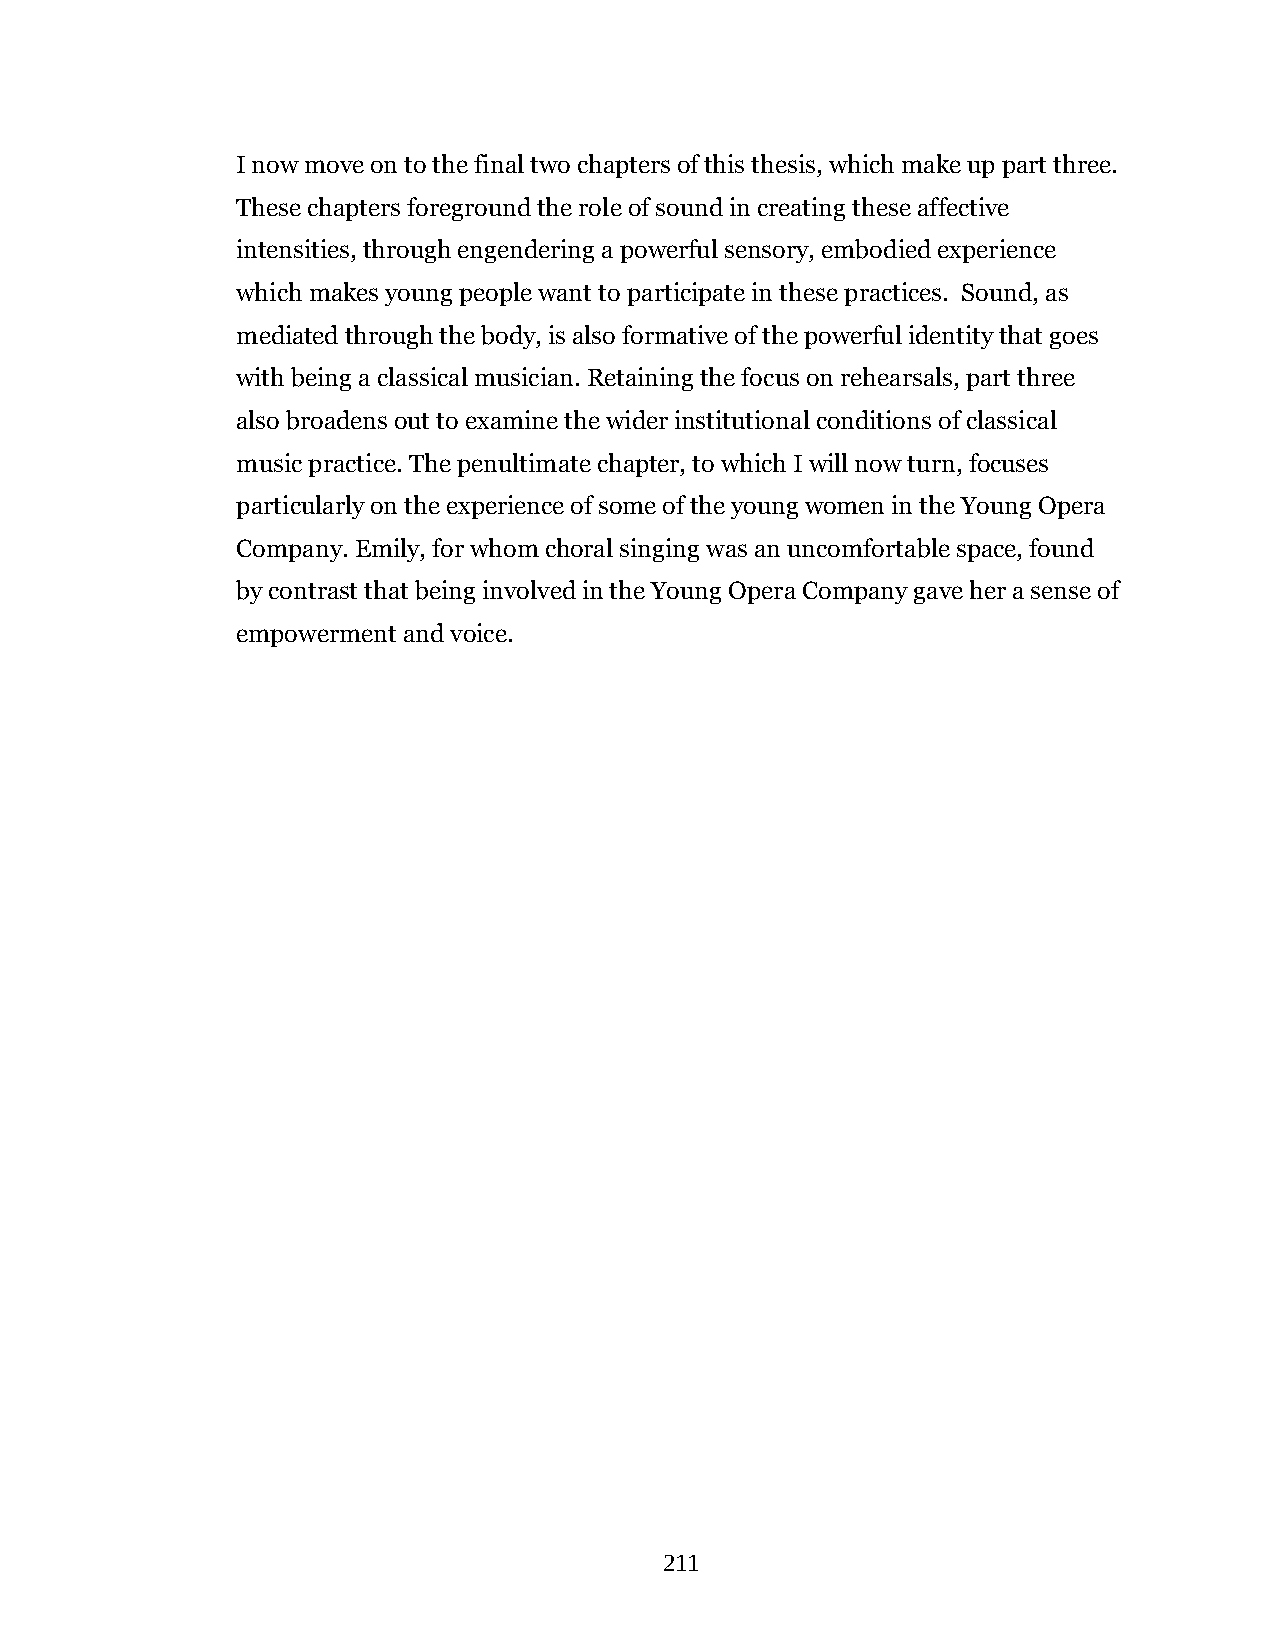
I now move on to the final two chapters of this thesis, which make up part three.
 These chapters foreground the role of sound in creating these affective
 intensities, through engendering a powerful sensory, embodied experience
 which makes young people want to participate in these practices. Sound, as
 mediated through the body, is also formative of the powerful identity that goes
 with being a classical musician. Retaining the focus on rehearsals, part three
 also broadens out to examine the wider institutional conditions of classical
 music practice. The penultimate chapter, to which I will now turn, focuses
 particularly on the experience of some of the young women in the Young Opera
 Company. Emily, for whom choral singing was an uncomfortable space, found
 by contrast that being involved in the Young Opera Company gave her a sense of
 empowerment and voice.
 211